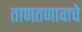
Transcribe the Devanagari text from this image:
ताणतणावाचे